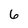
Character: 6